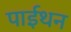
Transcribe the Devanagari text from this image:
पाईथन